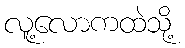
လူ့လောကထဲသို့